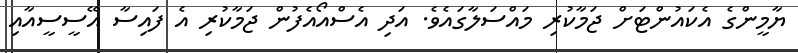
ޔާމީންގެ އެކައުންޓަށް ޖަމާކުރި މައްސަލާގައެވެ. އަދި އެސްއޯއެފުން ޖަމާކުރި އެ ފައިސާ އޭސީސީއާއި